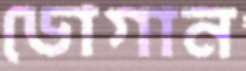
ডোগান